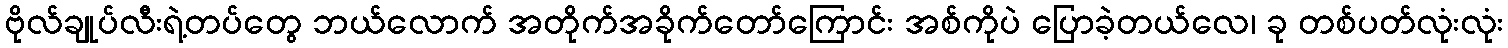
ဗိုလ်ချုပ်လီးရဲ့တပ်တွေ ဘယ်လောက် အတိုက်အခိုက်တော်ကြောင်း အစ်ကိုပဲ ပြောခဲ့တယ်လေ၊ ခု တစ်ပတ်လုံးလုံး